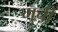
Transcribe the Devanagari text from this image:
गुची